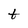
Character: t